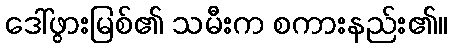
ဒေါ်ဖွားမြစ်၏ သမီးက စကားနည်း၏။